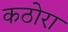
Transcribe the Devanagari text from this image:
कठोरा